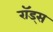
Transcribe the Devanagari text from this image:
राॅड्स